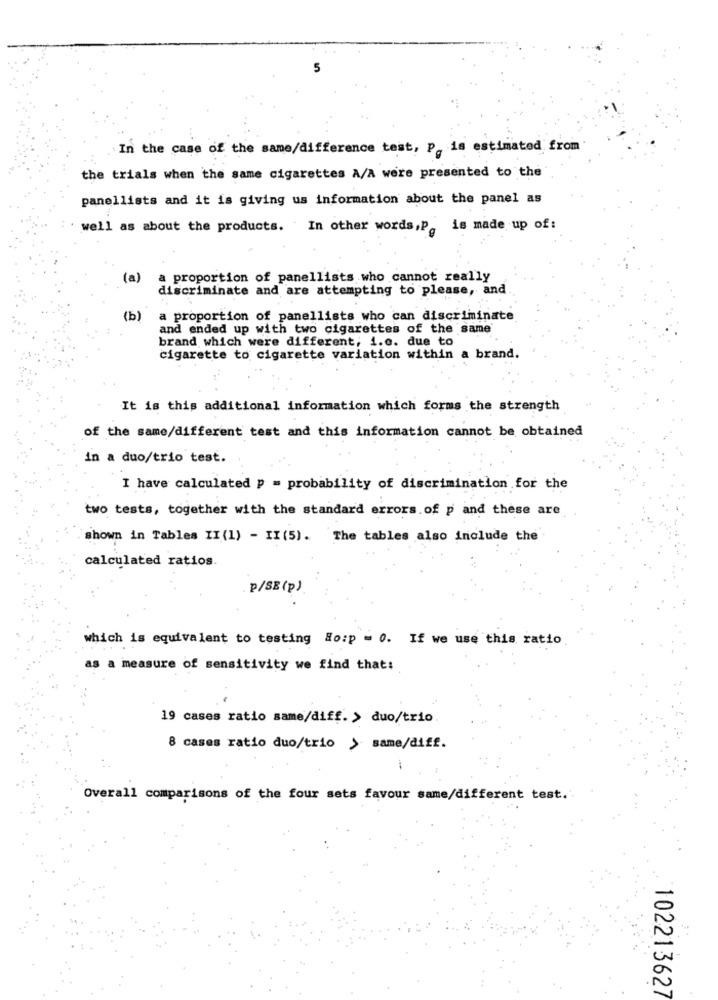
In the case of the same/difference test, P. is estimated from
the trials when the same cigarettes A/A were presented to the
panellists and it is giving us information about the panel as
well as about the products. In other words,P. is made up of:
(a)
a proportion of panellists who cannot really
discriminate and are attempting to please, and
(b)
a proportion of panellists who can discriminate
and ended up with two cigarettes of the same
brand which were different; i.e. due to
cigarette to cigarette variation within
brand.
It is this additional information which forms the strength
of the same/different test and this information cannot be obtained
in a duo/trio test.
I have calculated p = probability of discrimination for the
two tests, together with the standard errors.of p and these are
shown in Tables II (1) - II (5). The tables also include the
calculated ratios.
P/SE(p)
which is equivalent to testing Ho:p = 0. If we use this ratio
as a measure of sensitivity we find that:
19 cases ratio same/diff. > duo/trio
8 cases ratio duo/trio > same/diff.
Overall comparisons of the four sets favour same/different test ..
102213627